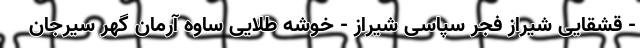
- قشقایی شیراز فجر سپاسی شیراز - خوشه طلایی ساوه آرمان گهر سیرجان